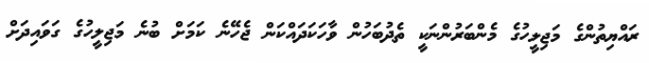
ރައްޔިތުންގެ މަޖިލީހުގެ މެންބަރުންނަކީ ތެދުބަހުން ވާހަކަދައްކަން ޖެހޭނެ ކަމަށް ބުނެ މަޖިލީހުގެ ގަވައިދަށް